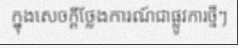
ក្នុងសេចក្តីថ្លែងការណ៍ជាផ្លូវការថ្មីៗ